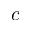
c